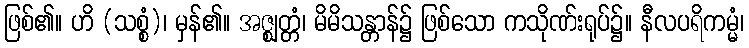
ဖြစ်၏။ ဟိ (သစ္စံ)၊ မှန်၏။ အဇ္ဈတ္တံ၊ မိမိသန္တာန်၌ ဖြစ်သော ကသိုဏ်းရုပ်၌။ နီလပရိကမ္မံ၊